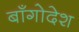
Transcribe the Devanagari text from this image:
बाँगोदेश